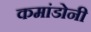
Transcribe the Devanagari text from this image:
कमांडोनी